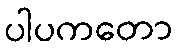
ပါပကတော